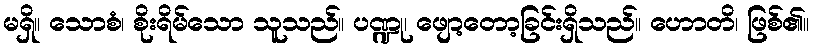
မရှိ။ သောစံ၊ စိုးရိမ်သော သူသည်။ ပဏ္ဍု၊ ဖျော့တော့ခြင်းရှိသည်။ ဟောတိ၊ ဖြစ်၏။